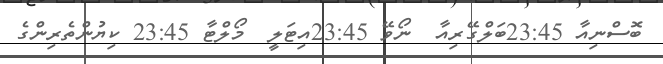
ބޮސްނިއާ 23:45ބަލްގޭރިއާ  ނޯވޭ 23:45އިޓަލީ  މޯލްޓާ 23:45 ކިޔުންތެރިންގެ